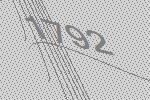
1792